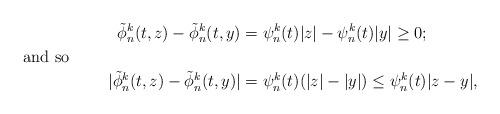
LaTeX: \begin{align*} \tilde{\phi}_n^k (t, z) - \tilde{\phi}_n^k(t, y) & = \psi_n^k (t)|z| - \psi_n^k(t) |y| \geq 0;\\\shortintertext{and so}|\tilde{\phi}_n^k (t,z) - \tilde{\phi}_n^k (t,y)| & = \psi_n^k(t)(|z| - |y|) \leq \psi_n^k (t) |z-y|,\end{align*}